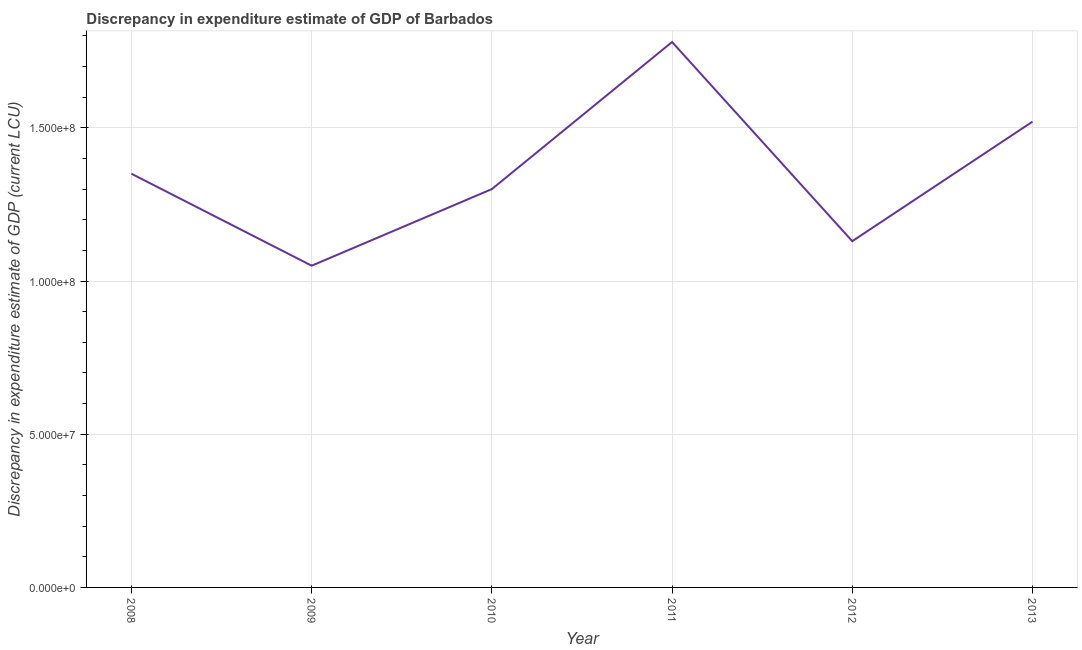
| Year | Discrepancy current LCU |
 | --- | --- |
 | 2008 | 1.35e+08 |
 | 2009 | 1.05e+08 |
 | 2010 | 1.3e+08 |
 | 2011 | 1.78e+08 |
 | 2012 | 1.13e+08 |
 | 2013 | 1.52e+08 |